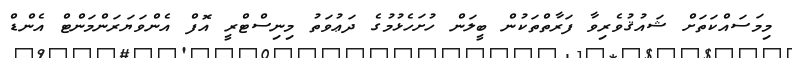
މިމަސައްކަތަށް ޝައުޤުވެރިވާ ފަރާތްތަކުން ބީލަން ހުށަހެޅުމުގެ ދަޢުވަތު މިނިސްޓްރީ އޮފް އެންވަޔަރަންމަންޓް އެންޑް